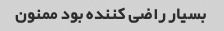
بسیار راضی کننده بود ممنون